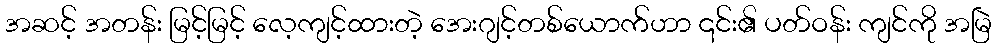
အဆင့် အတန်း မြင့်မြင့် လေ့ကျင့်ထားတဲ့ အေးဂျင့်တစ်ယောက်ဟာ ၎င်း၏ ပတ်ဝန်း ကျင်ကို အမြဲ